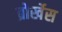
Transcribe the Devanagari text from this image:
ब्रोर्खेस